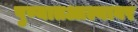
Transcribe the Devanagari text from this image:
पुण्यातआल्यावर